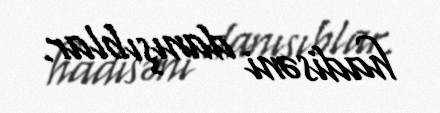
hadisəni danışıblar.